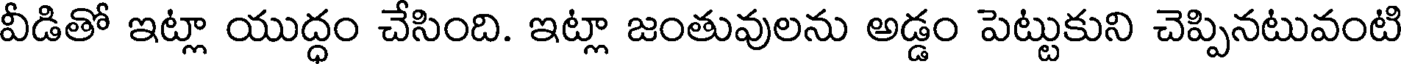
వీడితో ఇట్లా యుద్ధం చేసింది. ఇట్లా జంతువులను అడ్డం పెట్టుకుని చెప్పినటువంటి